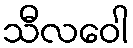
သီလဝေါ